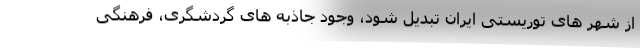
از شهر های توریستی ایران تبدیل شود، وجود جاذبه های گردشگری، فرهنگی